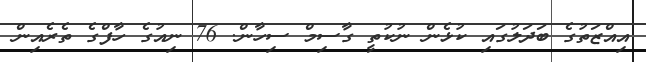
އިއްޒަތުގެ ބަދަލުގައި ކުޅެން ނުކުތީ ގާސިމް ސިހާން. 76 ނިއުގެ ހާފްގެ ތެރެއިން